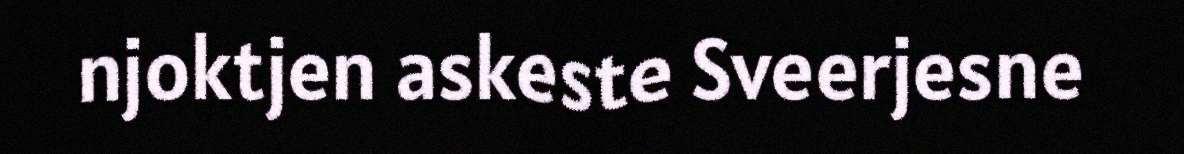
njoktjen askeste Sveerjesne